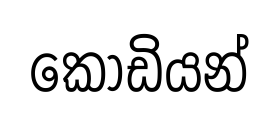
කොඩියන්